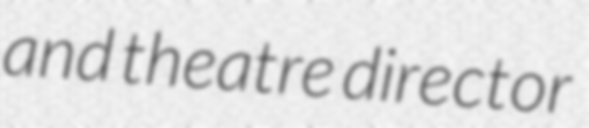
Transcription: and theatre director